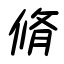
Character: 脩